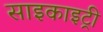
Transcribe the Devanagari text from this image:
साइकाइट्री